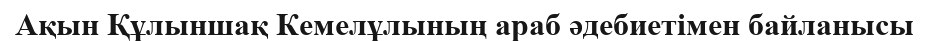
Ақын Құлыншақ Кемелұлының араб әдебиетімен байланысы